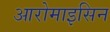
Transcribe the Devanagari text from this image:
आरोमाइसिन